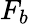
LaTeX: F_{b}